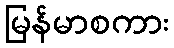
မြန်မာစကား